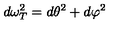
d \omega _ { T } ^ { 2 } = d \theta ^ { 2 } + d \varphi ^ { 2 }